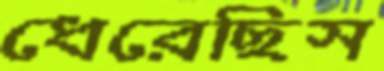
ধেরেছিস